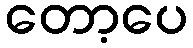
တော့ပေ